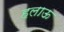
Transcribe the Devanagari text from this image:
हलाऊ